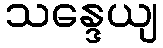
သန္ဒေယျ